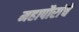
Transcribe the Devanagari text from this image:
महापौरांचे